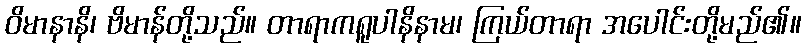
ဝိမာနာနိ၊ ဗိမာန်တို့သည်။ တာရာကရူပါနိနာမ၊ ကြယ်တာရာ အပေါင်းတို့မည်၏။